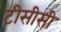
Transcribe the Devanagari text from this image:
टीसीसी